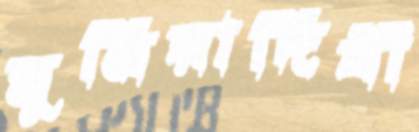
মুনিয়াদিঘী